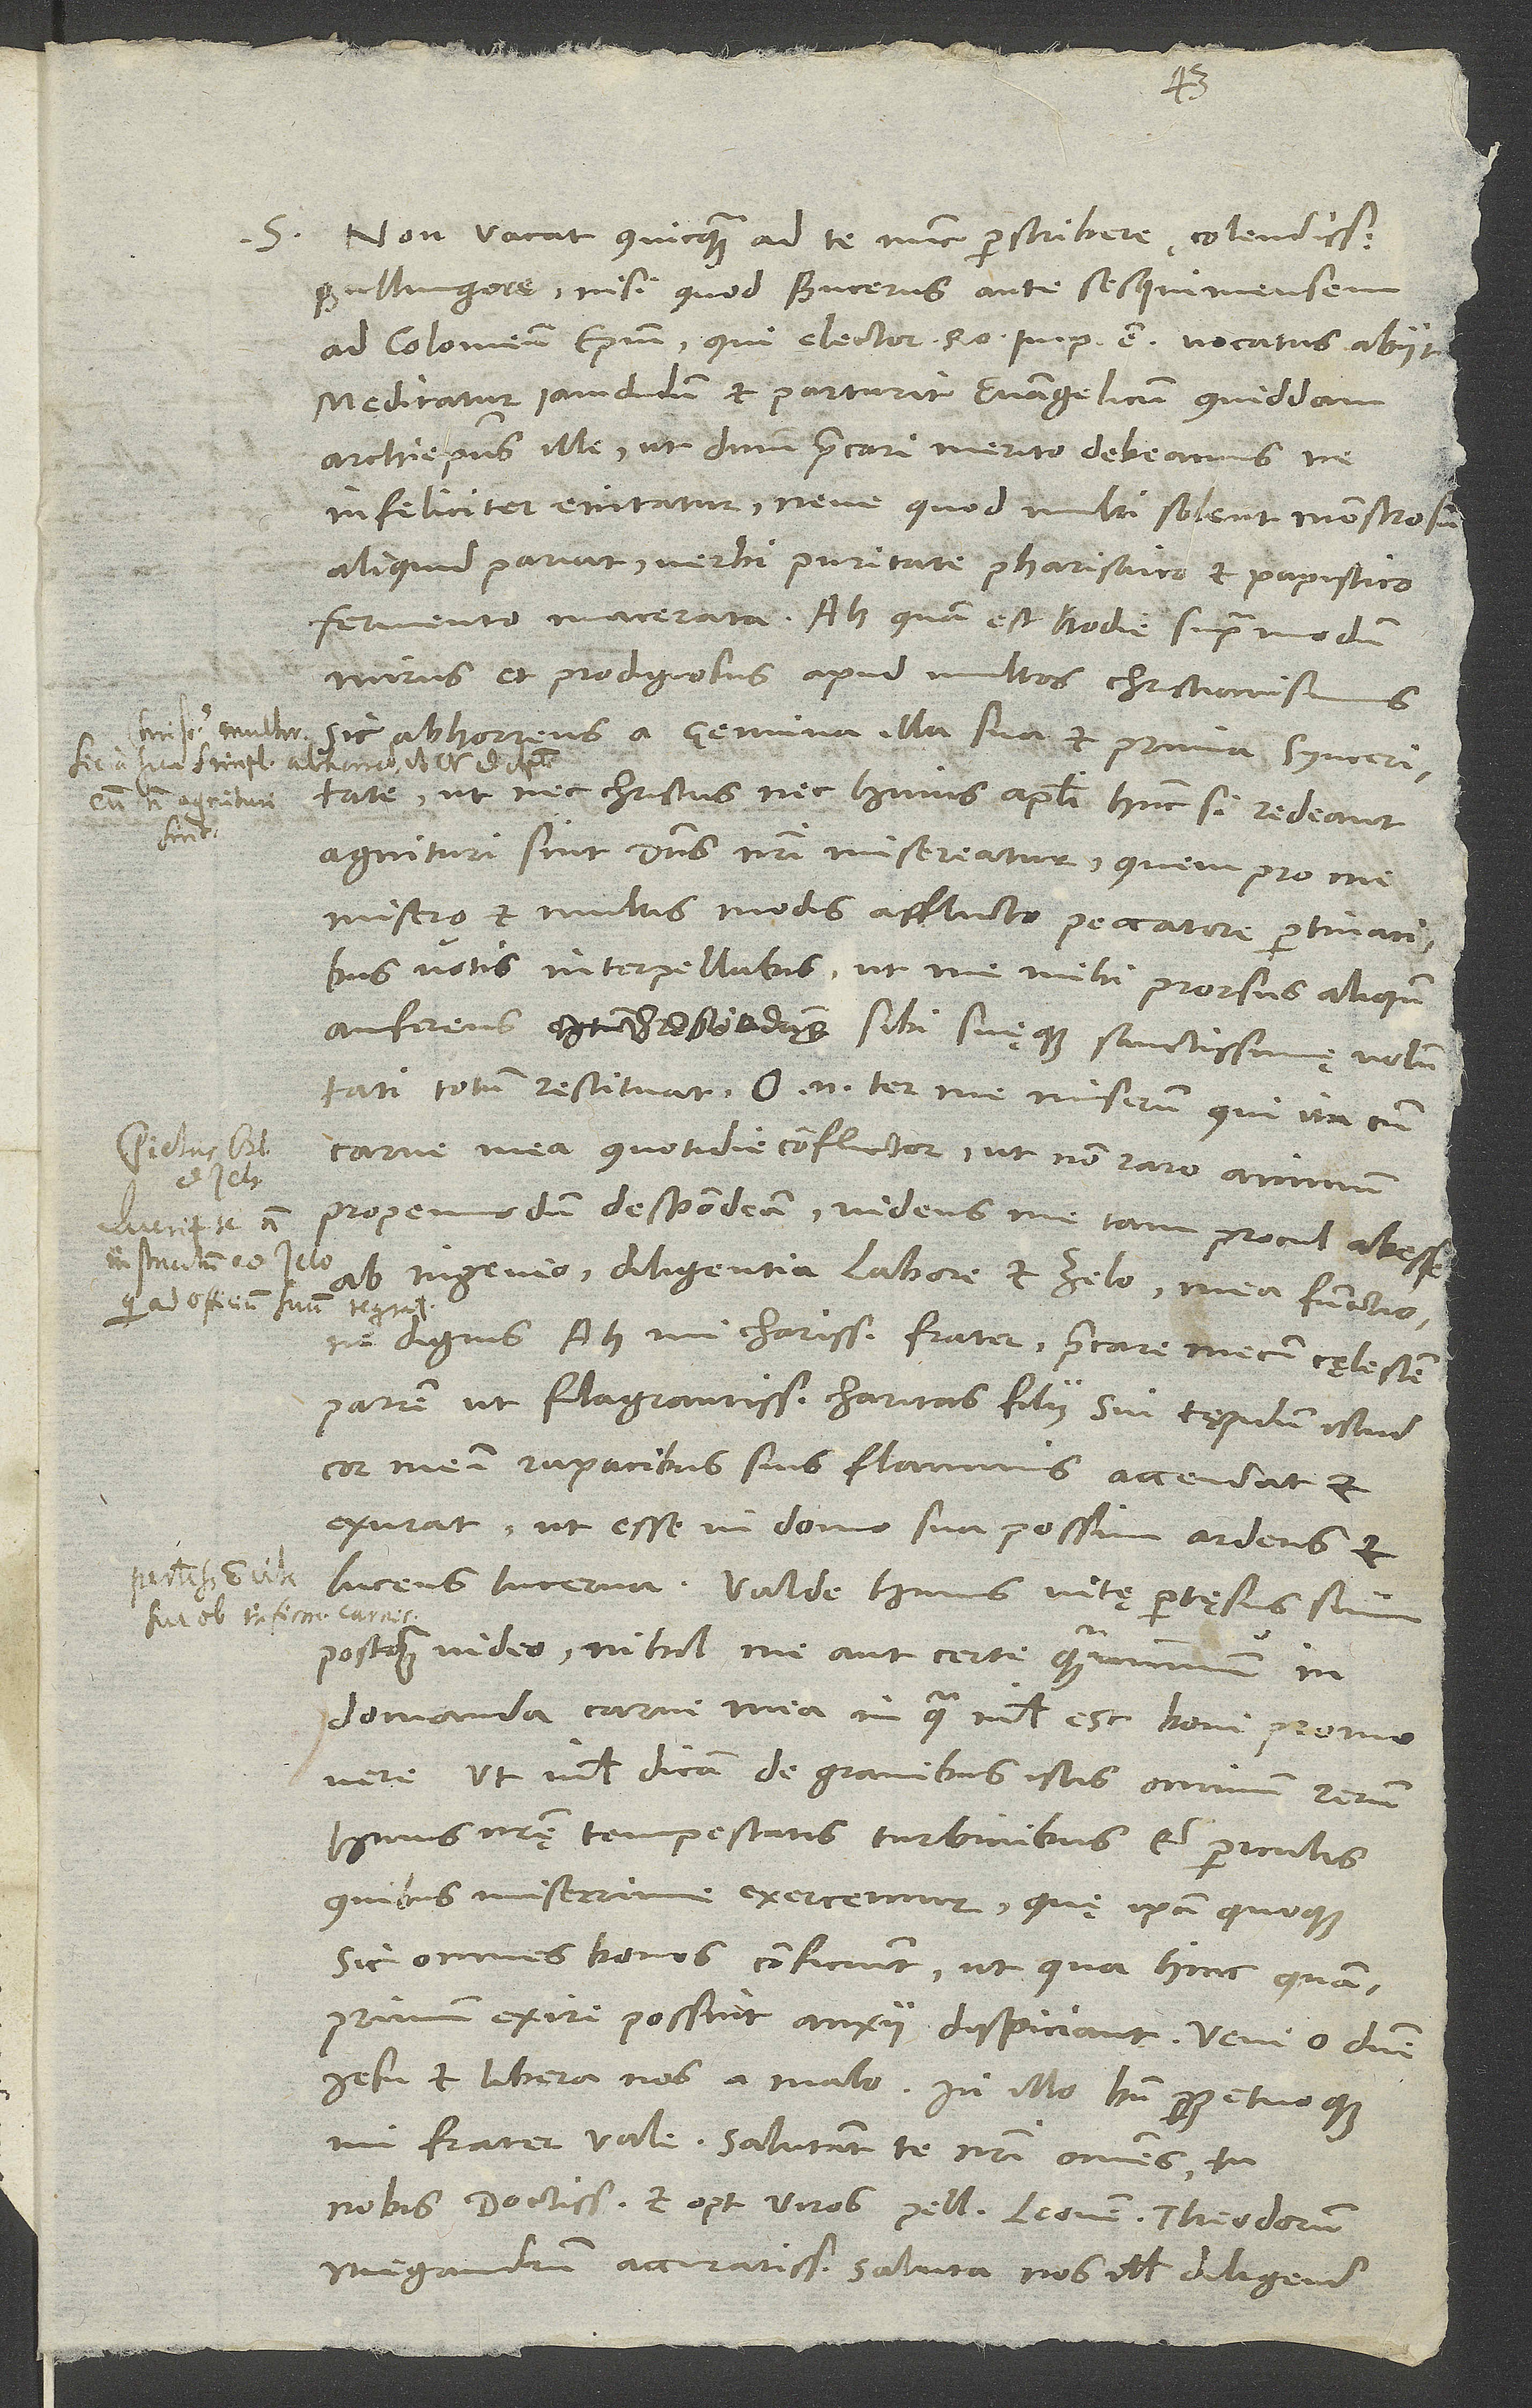
S. Non vacat quicquam ad te nunc perscribere, colendissime
Bullingere, nisi quod Bucerus ante sesquimensem
ad Coloniensem episcopum, qui elector Romani imperii est, vocatus abiit.
Meditatur iamdudum et parturit evangelicum quiddam
archiepiscopus ille, ut dominum precari merito debeamus, ne
infeliciter enitatur neve, quod multi solent, monstrosum
aliquid pariat verbi puritate pharisaico et papistico
fermento macerata. Ah, quam est hodie supra modum
mirus et prodigiosus apud multos christianismus
sic abhorrens a genuina illa sua et prima synceritate,
ut nec Christus nec huius apostoli hunc, si redeant,
agnituri sint. Dominus nostri misereatur, quem pro me
misero et multis modis afflicto peccatore pertinacibus
votis interpellabis, ut me mihi prorsus aliquando
auferens sibi suęque sanctissimę voluntati
totum restituat. O enim ter me miserum, qui ita cum
carne mea quotidie conflictor, ut non raro animum
propemodum despondeam videns me tam procul abesse
ab ingenio, diligentia, labore et zelo mea functione
dignis. Ah, mi charissime frater, precare mecum cęlestem
patrem, ut flagrantissima charitas filii sui tepidum istud
cor meum rapacibus suis flammis accendat et
exurat, ut esse in domo sua possim ardens et
lucens lucerna. Valde huius vitę pertęsus sum,
postquam video nihil me aut certe quam minimum in
domanda carne mea, in qua nihil est boni, promovere,
ut nihil dicam de gravibus istis omnium rerum
huius nostrę tempestatis turbinibus et periculis,
quibus miserrime exercemur, quę ipsa quoque
sic omnes bonos conficiunt, ut, qua hinc quam
primum exire possint, anxie dispiciant. Veni, o domine
Iesu, et libera nos a malo! In illo bene perpetuoque,
mi frater, vale. Salutant te nostri omnes; tu